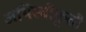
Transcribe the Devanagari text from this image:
अभिस्वीकृती